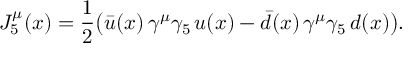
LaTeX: J _ { 5 } ^ { \mu } ( x ) = \frac 1 2 \bigl ( \bar { u } ( x ) \, \gamma ^ { \mu } \gamma _ { 5 } \, u ( x ) - \bar { d } ( x ) \, \gamma ^ { \mu } \gamma _ { 5 } \, d ( x ) \bigr ) .